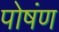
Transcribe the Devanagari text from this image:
पोषंण